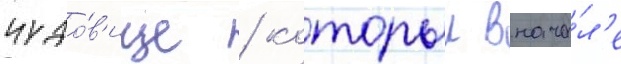
чудо́в'ище / которыи внача́л'е